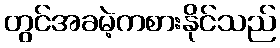
တွင်အခမဲ့ကစားနိုင်သည်